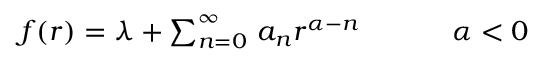
\begin{array} { c c } { { f ( r ) = \lambda + \sum _ { n = 0 } ^ { \infty } \, a _ { n } r ^ { \alpha - n } ~ ~ ~ ~ ~ } } & { { ~ ~ \alpha < 0 } } \end{array}